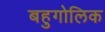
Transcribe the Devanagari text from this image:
बहुगोलिक